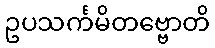
ဥပသင်္ကမိတဗ္ဗောတိ